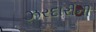
ઝરદારીની